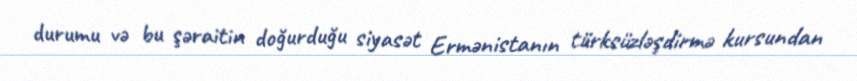
durumu və bu şəraitin doğurduğu siyasət Ermənistanın türksüzləşdirmə kursundan